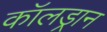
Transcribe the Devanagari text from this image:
कॉलड्रान